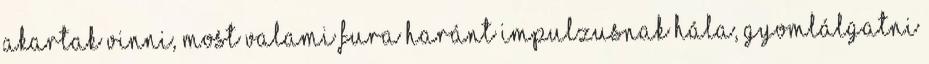
akartak vinni, most valami fura haránt impulzusnak hála, gyomlálgatni